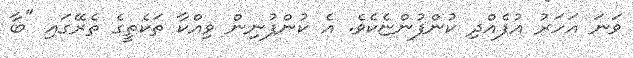
ވަނަ އަހަރުު އުފެއްދި ކުންފުންޏެކެވެ. އެ ކުންފުނިން ވިއްކާ ތަކެތީގެ ތެރޭގައި "ބާ